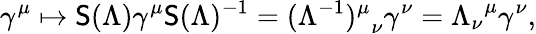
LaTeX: \gamma^{\mu}\mapsto\mathsf{S}(\Lambda)\gamma^{\mu}\mathsf{S}(\Lambda)^{-1}={(\Lambda^{-1})^{\mu}}_{\nu}\gamma^{\nu}={\Lambda_{\nu}}^{\mu}\gamma^{\nu},